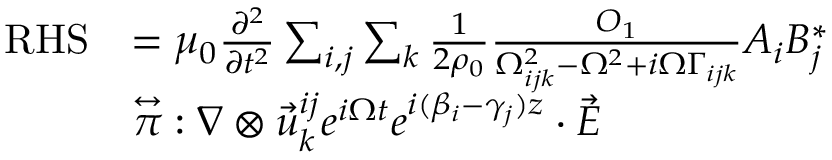
\begin{array} { r l } { \mathrm { R H S } } & { = \mu _ { 0 } \frac { \partial ^ { 2 } } { \partial t ^ { 2 } } \sum _ { i , j } \sum _ { k } \frac { 1 } { 2 \rho _ { 0 } } \frac { O _ { 1 } } { \Omega _ { i j k } ^ { 2 } - \Omega ^ { 2 } + i \Omega \Gamma _ { i j k } } A _ { i } B _ { j } ^ { * } } \\ & { { \stackrel { \leftrightarrow } { \pi } } : \nabla \otimes \vec { u } _ { k } ^ { i j } e ^ { i \Omega t } e ^ { i ( \beta _ { i } - \gamma _ { j } ) z } \cdot \vec { E } } \end{array}